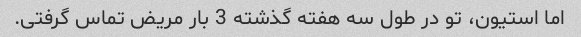
اما استیون، تو در طول سه هفته گذشته 3 بار مریض تماس گرفتی.